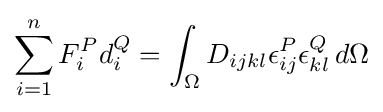
\sum _{i=1}^{n}F_{i}^{P}d_{i}^{Q}=\int _{\Omega }D_{ijkl}\epsilon _{ij}^{P}\epsilon _{kl}^{Q}\,d\Omega